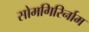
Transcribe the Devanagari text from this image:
सोमगिरिर्नाम